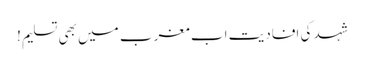
شہد کی افادیت اب مغرب میں بھی تسلیم!